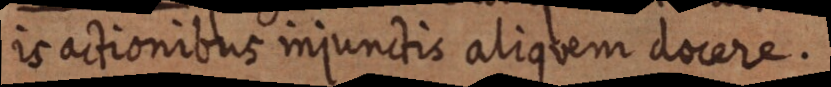
is actionibus injunctis aliquem docere.